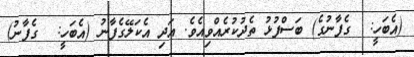
(އެބަހީ:  ގެފާނުގެ) ބަސްފުޅު ތެދުކުރެއްވިއެވެ. އަދި އެކަލޭގެފާނު (އެބަހީ:  ގެފާނު)